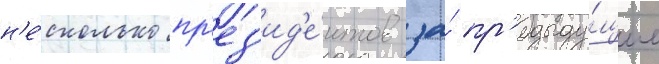
н'е́сколько пр'ез'ид'е́нтов за́ пр'едыду́щие